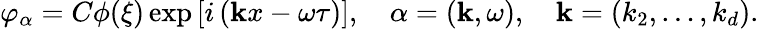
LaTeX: \varphi_{\alpha}=C\phi(\xi)\exp\left[i\left({\mathbf kx}-\omega\tau\right)\right],\quad\alpha=({\mathbf k},\omega),\quad{\mathbf{k}}=(k_{2},\ldots,k_{d}).